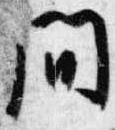
間